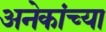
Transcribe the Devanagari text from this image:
अनेकांच्‍या